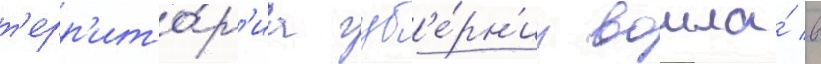
т'ерр'ито́р'иа губ'е́рн'ии вошла́ в